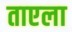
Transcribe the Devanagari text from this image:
ताएला